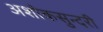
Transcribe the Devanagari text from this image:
अशोकसुन्दरी